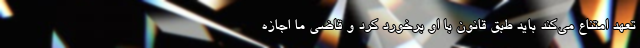
تعهد امتناع می‌کند باید طبق قانون با او برخورد کرد و قاضی ما اجازه